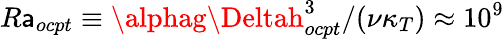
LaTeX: R\mathsf{a}_{ocpt}\equiv\alphag\Deltah_{ocpt}^{3}/(\nu\kappa_{T})\approx10^{9}